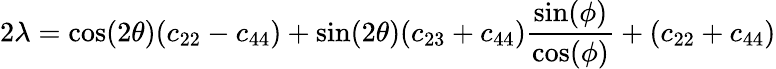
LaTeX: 2\lambda=\textrm{cos}(2\theta)(c_{22}-c_{44})+\textrm{sin}(2\theta)(c_{23}+c_{44})\frac{\textrm{sin}(\phi)}{\textrm{cos}(\phi)}+(c_{22}+c_{44})